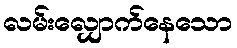
လမ်းလျှောက်နေသော